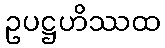
ဥပဋ္ဌဟိဿထ